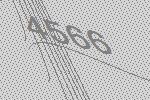
4566